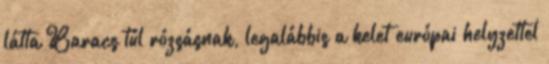
látta Baracs túl rózsásnak, legalábbis a kelet európai helyzettel